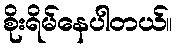
စိုးရိမ်နေပါတယ်။